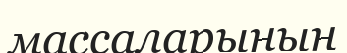
массаларының